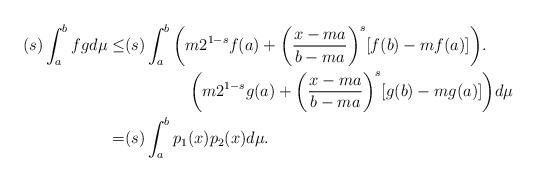
LaTeX: \begin{align*} (s)\int_{a}^{b} fg d\mu \leq& (s)\int_{a}^{b}\bigg( m2^{1-s}f(a)+\bigg(\frac{x-ma}{b-ma}\bigg)^s[f(b)-mf(a)] \bigg).\\ & \qquad\qquad\bigg( m2^{1-s}g(a)+\bigg(\frac{x-ma}{b-ma}\bigg)^s[g(b)-mg(a)]\bigg)d\mu\\ =& (s)\int_{a}^{b} p_{1}(x)p_{2}(x)d\mu.\end{align*}